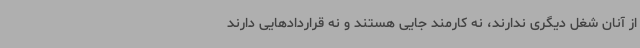
از آنان شغل دیگری ندارند، نه کارمند جایی هستند و نه قراردادهایی دارند